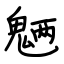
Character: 魉